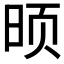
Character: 𮲟